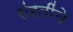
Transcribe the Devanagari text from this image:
संहतींचे